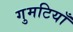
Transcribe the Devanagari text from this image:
गुमटियाँ